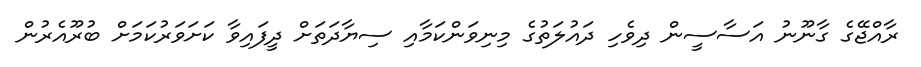
ރާއްޖޭގެ ގާނޫނު އަސާސީން ދިވެހި ދައުލަތުގެ މިނިވަންކަމާއި ސިޔާދަތަށް ދީފައިވާ ކަށަވަރުކަމަށް ބުރޫއެރުން